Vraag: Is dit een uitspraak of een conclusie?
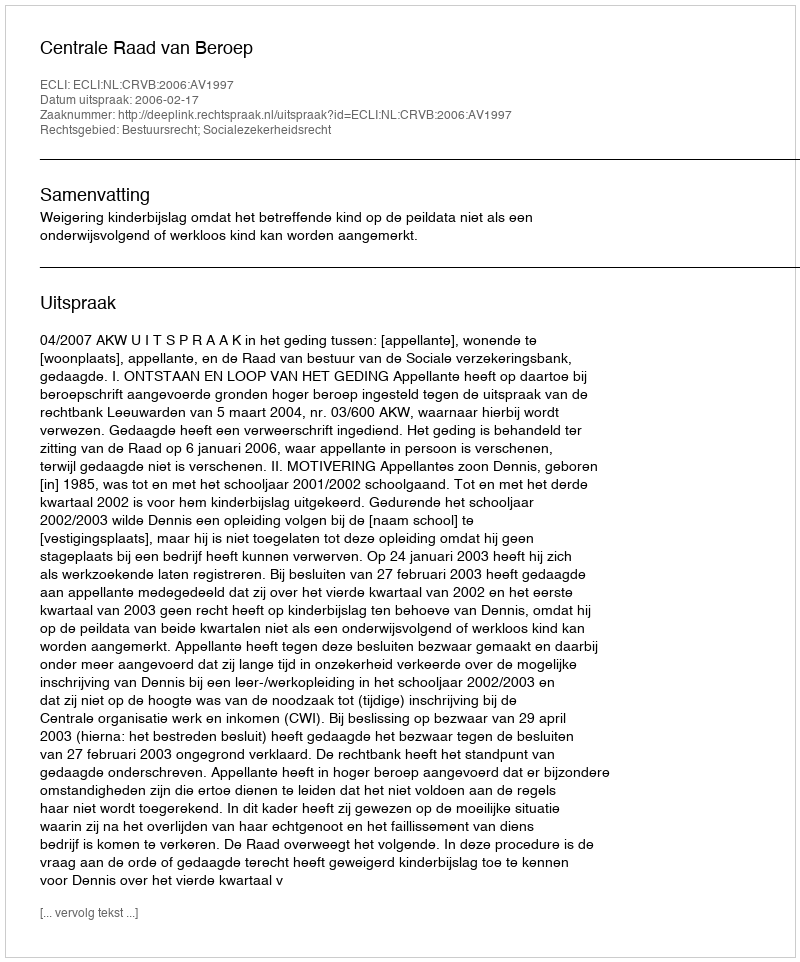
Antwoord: Uitspraak